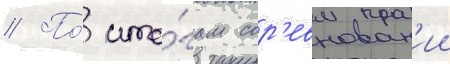
// По́ ито́гам сор'евнован'ии